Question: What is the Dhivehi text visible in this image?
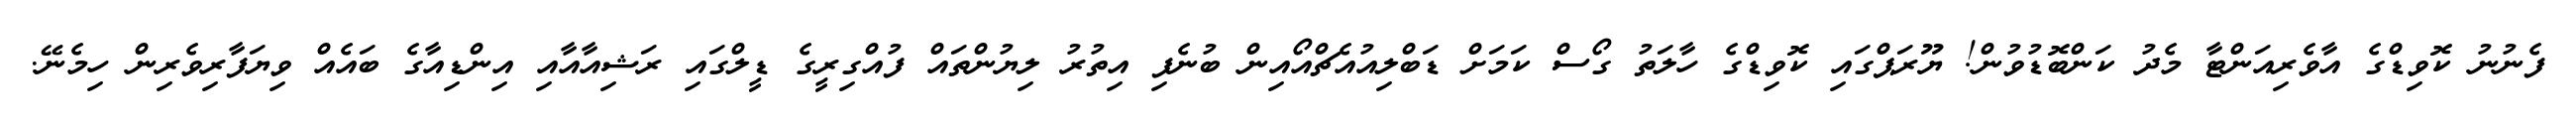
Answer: ފެނުނު ކޮވިޑްގެ އާވެރިއަންޓާ މެދު ކަންބޮޑުވުން! ޔޫރަޕްގައި ކޮވިޑްގެ ހާލަތު ގޯސް ކަމަށް ޑަބްލިއުއެޗްއޯއިން ބުނެފި އިތުރު ލިޔުންތައް ފުއްގިރީގެ ޑީލްގައި ރަޝިއާއާއި އިންޑިއާގެ ބައެއް ވިޔަފާރިވެރިން ހިމެނޭ.